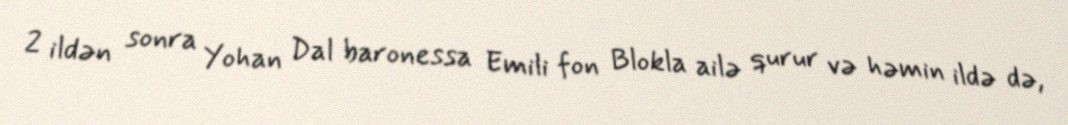
2 ildən sonra Yohan Dal baronessa Emili fon Blokla ailə qurur və həmin ildə də,